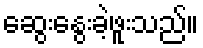
ဆွေးနွေးခဲ့ဖူးသည်။